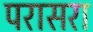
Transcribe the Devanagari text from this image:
परासरा